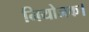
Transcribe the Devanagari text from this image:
नियोजक।